Annual administration and progress report of the Indian Medical Department, Bombay
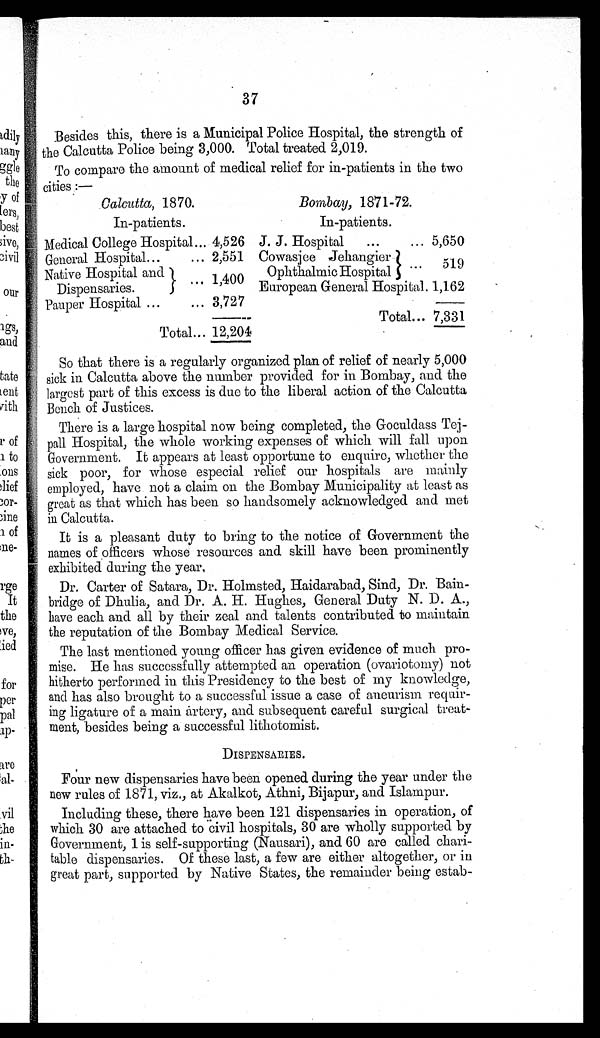
Calcutta, 1870.
Bombay, 1871-72.
37
Besides this, there is a Municipal Police Hospital, the strength of
the Calcutta Police being 3,000. Total treated 2,019.
To compare the amount of medical relief for in-patients in the two
cities :—
In-patients.
In-patients.
Medical College Hospital... 4,526 J. J. Hospital
...
... 5,650
General Hospital...
... 2,551 Cowasjee Jehangier
Ophthalmic Hospital ...
519
Native Hospital and
D i s p e n s a r i e s . . . .
1,400 European General Hospital. 1,162
3,727
Pauper Hospital ...
...
Total... 7,331
Total...
1 2 , 2 0 4
So that there is a regularly organized plan of relief of nearly 5,000
sick in Calcutta above the number provided for in Bombay, and the
largest part of this excess is due to the liberal action of the Calcutta
Bench of Justices.
There is a large hospital now being completed, the Goculdass Tej-
pall Hospital, the whole working expenses of which will fall upon
Government. It appears at least opportune to enquire, whether the
sick poor, for whose especial relief our hospitals are mainly
employed, have not a claim on the Bombay Municipality at least as
great as that which has been so handsomely acknowledged and met
in Calcutta.
It is a pleasant duty to bring to the notice of Government the
names of officers whose resources and skill have been prominently
exhibited during the year.
Dr. Carter of Satara, Dr. Holmsted, Haidarabad, Sind, Dr. Bain-
bridge of Dhulia, and Dr. A. H. Hughes, General Duty N. D. A.,
have each and all by their zeal and talents contributed to maintain
the reputation of the Bombay Medical Service.
The last mentioned young officer has given evidence of much pro-
mise. He has successfully attempted an operation (ovariotomy) not
hitherto performed in this Presidency to the best of my knowledge,
and has also brought to a successful issue a case of aneurism requir-
ing ligature of a main artery, and subsequent careful surgical treat-
ment, besides being a successful lithotomist.
DISPENSARIES.
Four new dispensaries have been opened during the year under the
new rules of 1871, viz., at Akalkot, Athni, Bijapur, and Islampur.
Including these, there have been 121 dispensaries in operation, of
which 30 are attached to civil hospitals, 30 are wholly supported by
Government, 1 is self-supporting (Nausari), and 60 are called chari-
table dispensaries. Of these last, a few are either altogether, or in
great part, supported by Native States, the remainder being estab-